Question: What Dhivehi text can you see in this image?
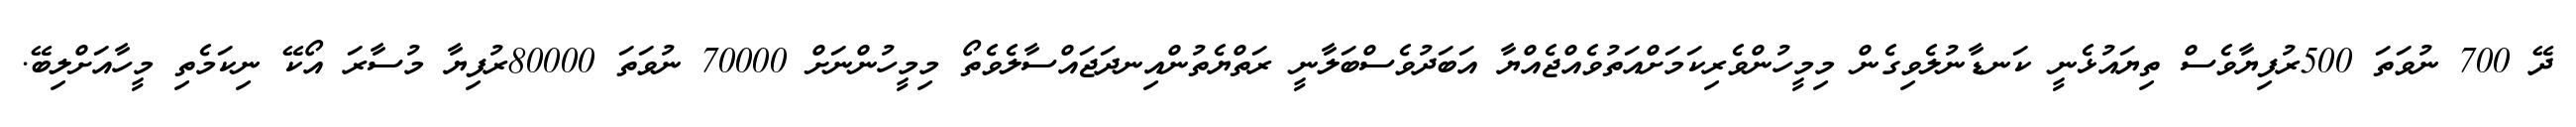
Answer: ދޭ 700 ނުވަތަ 500ރުފިޔާވެސް ތިޔައުޅެނީ ކަނޑާނުލެވިގެން މިމީހުންވެރިކަމަށްއަތުވެއްޖެއްޔާ އަބަދުވެސްބަލާނީ ރަތްޔެތުންއިނދަޖައްސާލެވެތޯ މިމީހުންނަށް 70000 ނުވަތަ 80000ރުފިޔާ މުސާރަ އޯކޭ ނިކަމެތި މީހާއަށްލިބޭ.